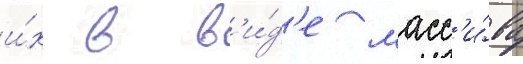
и́х в в'и́д'е масс'и́ва